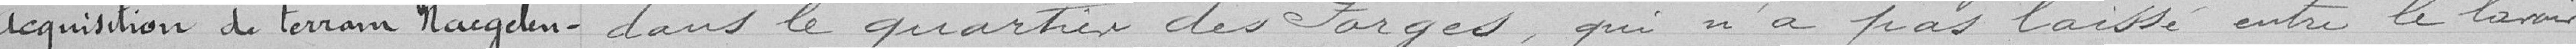
Acquisition de terrain Naegelen- dans le quartier des Forges, qui n'a pas laissé entre le lavoir